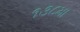
૧૩૮મા